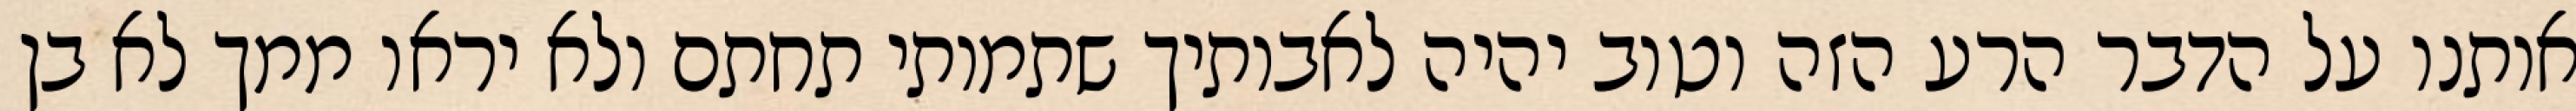
אותנו על הדבר הרע הזה וטוב יהיה לאבותיך שתמותי תחתם ולא יראו ממך לא בן